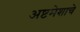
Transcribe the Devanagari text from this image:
अष्टमेशाचे